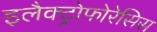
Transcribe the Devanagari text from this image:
इलैक्ट्रोफोरेसिस